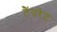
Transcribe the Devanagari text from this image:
टैंपरेट